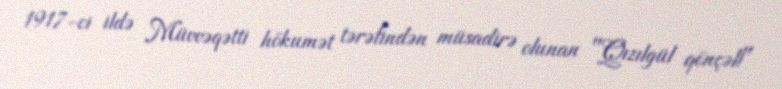
1917-ci ildə Müvvəqətti hökumət tərəfindən müsadirə olunan "Qızılgül qönçəli"